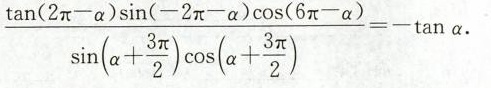
\frac{tan(2\pi-a)sin(-2\pi-a)cos(6\pi-a)}{sin(a+\frac{3\pi}{2}) cos(a+\frac{3\pi}{2})